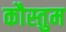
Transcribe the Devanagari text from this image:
कौस्तुम